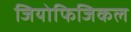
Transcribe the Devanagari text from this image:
जियोफिजिकल